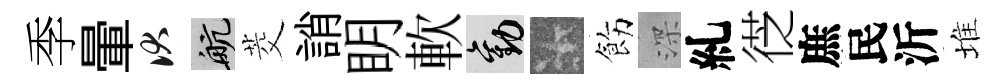
季暈伏航茭誚眀軟勸卡飭深糺徔庶民沂堆